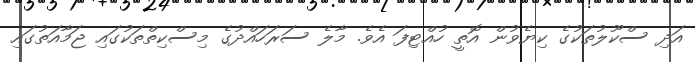
އަދި ސްކޫލުތަކުގެ ކިޔެވުން އޮތީ ހުއްޓިފަ އެވެ. މާލެ ސަރަހައްދުގެ މިސްކިތްތަކުގައި ޖަމާއަތުގައި